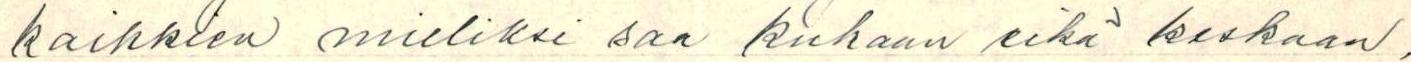
kaikkien mieliksi saa kukaan eikä koskaan,